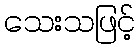
သေးသဖြင့်